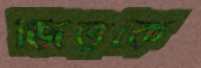
জিতুকে